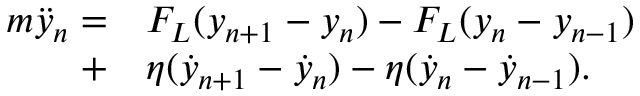
\begin{array} { r l } { { m } \ddot { y } _ { n } = } & { { } F _ { L } ( y _ { n + 1 } - y _ { n } ) - F _ { L } ( y _ { n } - y _ { n - 1 } ) } \\ { + } & { { } { \eta } ( \dot { y } _ { n + 1 } - \dot { y } _ { n } ) - { \eta } ( \dot { y } _ { n } - \dot { y } _ { n - 1 } ) . } \end{array}